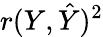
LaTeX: r(Y,{\hat{Y}})^{2}